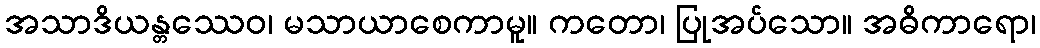
အသာဒိယန္တဿေဝ၊ မသာယာစေကာမူ။ ကတော၊ ပြုအပ်သော။ အဓိကာရော၊